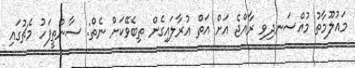
މައުލޫމާތު މުއްސަނދިވި ރާއްޖެ އަށް އަތް އުރާލައިގެން ތިބެވޭކަށް ނެތް: ސާންތީފަހު މެޗުގައި